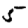
Digit: 5